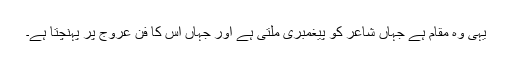
یہی وہ مقام ہے جہاں شاعر کو پیغمبری ملتی ہے اور جہاں اس کا فن عروج پر پہنچتا ہے۔